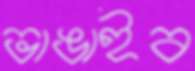
ভাঙাইব